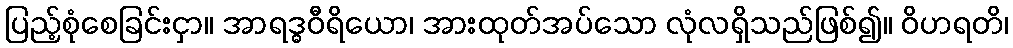
ပြည့်စုံစေခြင်းငှာ။ အာရဒ္ဓဝီရိယော၊ အားထုတ်အပ်သော လုံလရှိသည်ဖြစ်၍။ ဝိဟရတိ၊